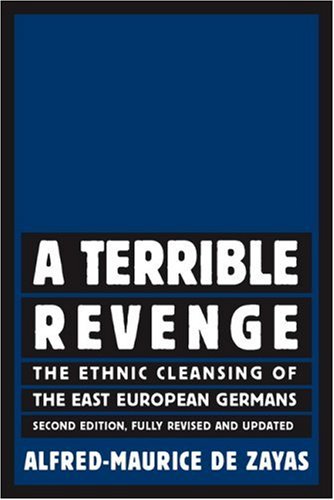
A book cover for A Terrible Revenge: The Ethnic Cleansing of the East European Germans; Alfred-Maurice de Zayas; Law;